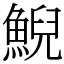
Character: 鯢